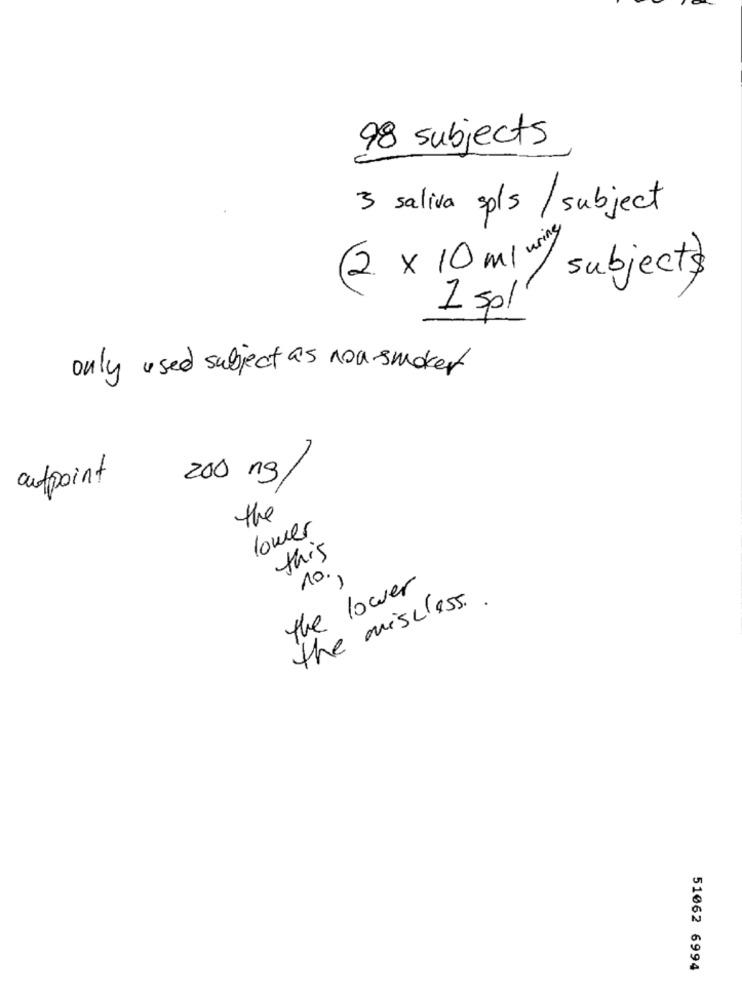
98 subjects
3 saliva sp/s / subject
(2 × 10 ml / subjects
1 spl
only used subject as nou-smaker
aufpoint
200 ng/
the
lower
this
10.
the lower
the misclass ..
51062 6994